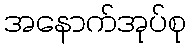
အနောက်အုပ်စု